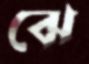
ঝে